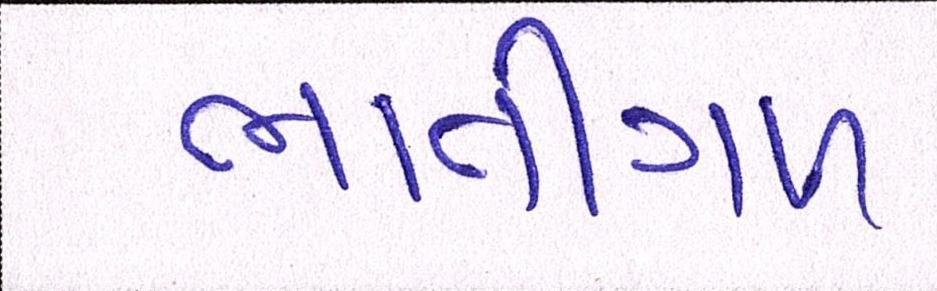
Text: ભાતીગળ